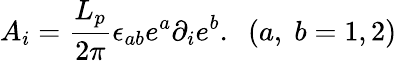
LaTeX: A_{i}=\frac{L_{p}}{2\pi}\epsilon_{ab}e^{a}\partial_{i}e^{b}.\; \; (a,\; b=1,2)